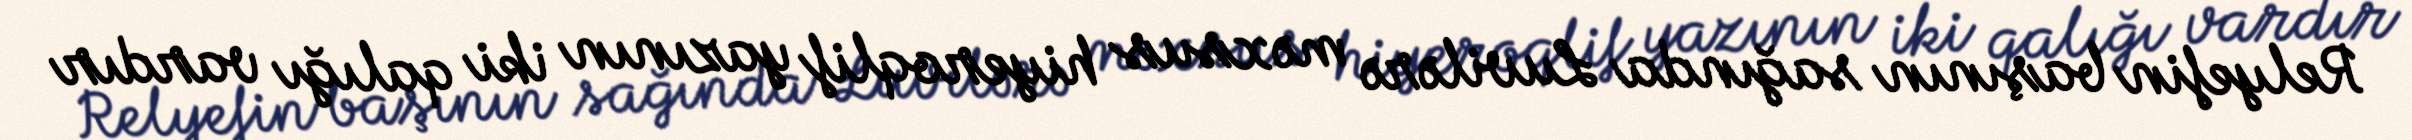
Relyefin başının sağında Luvilərə məxsus hiyeroqlif yazının iki qalığı vardır